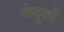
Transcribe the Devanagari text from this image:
कंदुकों